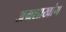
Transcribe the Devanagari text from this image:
अग्रशाखांग